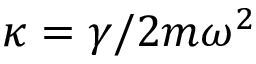
\kappa = \gamma / 2 m \omega ^ { 2 }